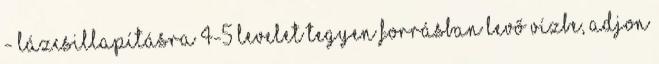
- lázcsillapításra 4-5 levelet tegyen forrásban levő vízbe, adjon